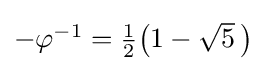
\textstyle -\varphi ^{-1}={\tfrac {1}{2}}{\bigl (}1-{\sqrt {5}}~\!{\bigr )}